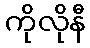
ကိုလိုနီ